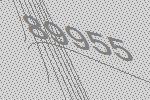
89955